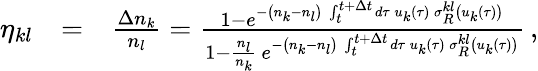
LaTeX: \begin{array}{rlr}{\eta_{kl}}&{=}&{\frac{\Delta n_{k}}{n_{l}}=\frac{1-e^{-\left(n_{k}-n_{l}\right)\, \int_{t}^{t+\Delta t}d\tau\, u_{k}(\tau)\, \sigma_{R}^{kl}\left(u_{k}(\tau)\right)}}{1-\frac{n_{l}}{n_{k}}\, e^{-\left(n_{k}-n_{l}\right)\, \int_{t}^{t+\Delta t}d\tau\, u_{k}(\tau)\, \sigma_{R}^{kl}\left(u_{k}(\tau)\right)}}\, ,}\end{array}